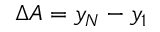
\Delta A = y _ { N } - y _ { 1 }